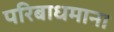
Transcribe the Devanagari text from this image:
परिबाधमाना